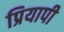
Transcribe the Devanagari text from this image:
प्रियापी